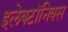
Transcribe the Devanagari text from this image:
इलेक्टॉनिक्स